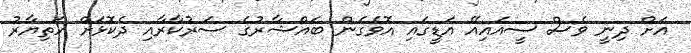
އަށް ދިނީ ވެސް ސީއައިއޭ އަޑީގައި އޮވެގެން ބައްޝާރުގެ ސަރުކާރާއި ދެކޮޅަށް ހަތިޔާރު